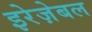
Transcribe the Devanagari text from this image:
इरेज़ेबल